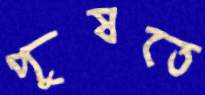
পুষতে